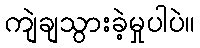
ကျဲချသွားခဲ့မှုပါပဲ။